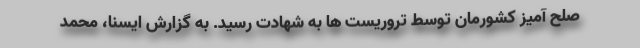
صلح آمیز کشورمان توسط تروریست ها به شهادت رسید. به گزارش ایسنا، محمد